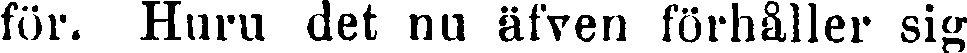
för. Huru det nu äfven förhåller sig